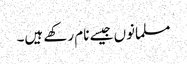
مسلمانوں جیسے نام رکھے ہیں۔